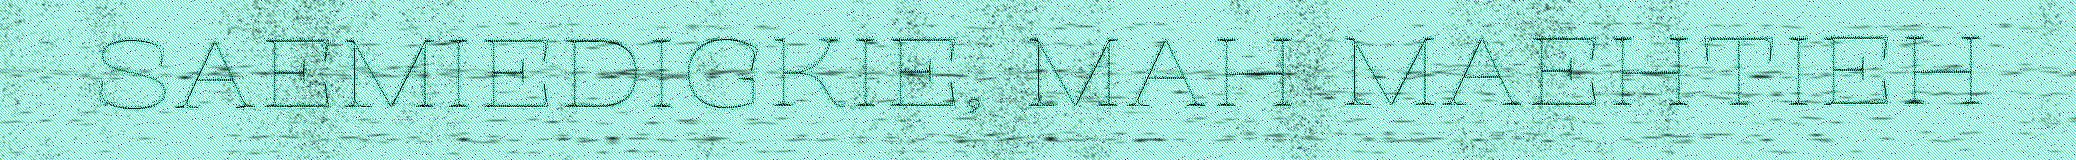
SAEMIEDIGKIE, MAH MAEHTIEH